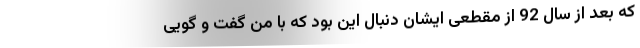
که بعد از سال 92 از مقطعی ایشان دنبال این بود که با من گفت و گویی